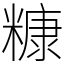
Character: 糠